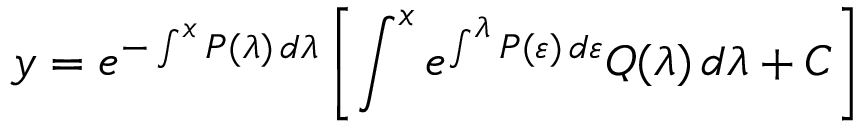
y = e ^ { - \int ^ { x } P ( \lambda ) \, d \lambda } \left[ \int ^ { x } e ^ { \int ^ { \lambda } P ( \varepsilon ) \, d \varepsilon } Q ( \lambda ) \, d \lambda + C \right]